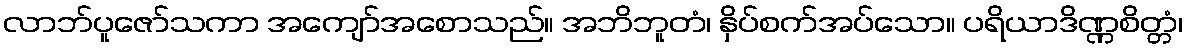
လာဘ်ပူဇော်သကာ အကျော်အစောသည်။ အဘိဘူတံ၊ နှိပ်စက်အပ်သော။ ပရိယာဒိဏ္ဏစိတ္တံ၊